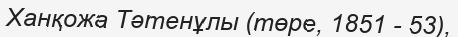
Ханқожа Тәтенұлы (төре, 1851 - 53),